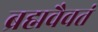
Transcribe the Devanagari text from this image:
ब्रह्मवैवतं